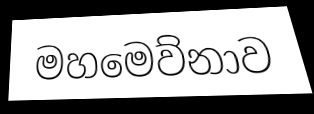
මහමෙව්නාව